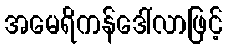
အမေရိကန်ဒေါ်လာဖြင့်